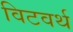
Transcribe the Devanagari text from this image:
विटवर्थ